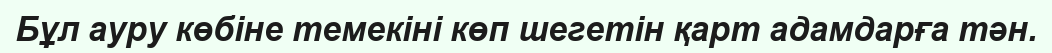
Бұл ауру көбіне темекіні көп шегетін қарт адамдарға тән.